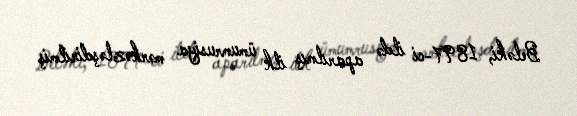
Beləki, 1897-ci ildə aparılmış ilk ümumrusiya mərkəzləşdirilmiş